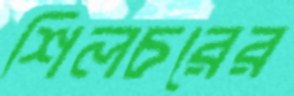
শিলচরের